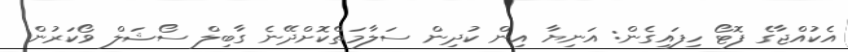
އެކުއްޖާގެ ފޮޓޯ ހިފައިގެން: އަނިޔާ އިން ކުދިން ސަލާމަތްކޮށްދޭނެ ގާބިލް ސޯޝަލް ވޯކަރުން